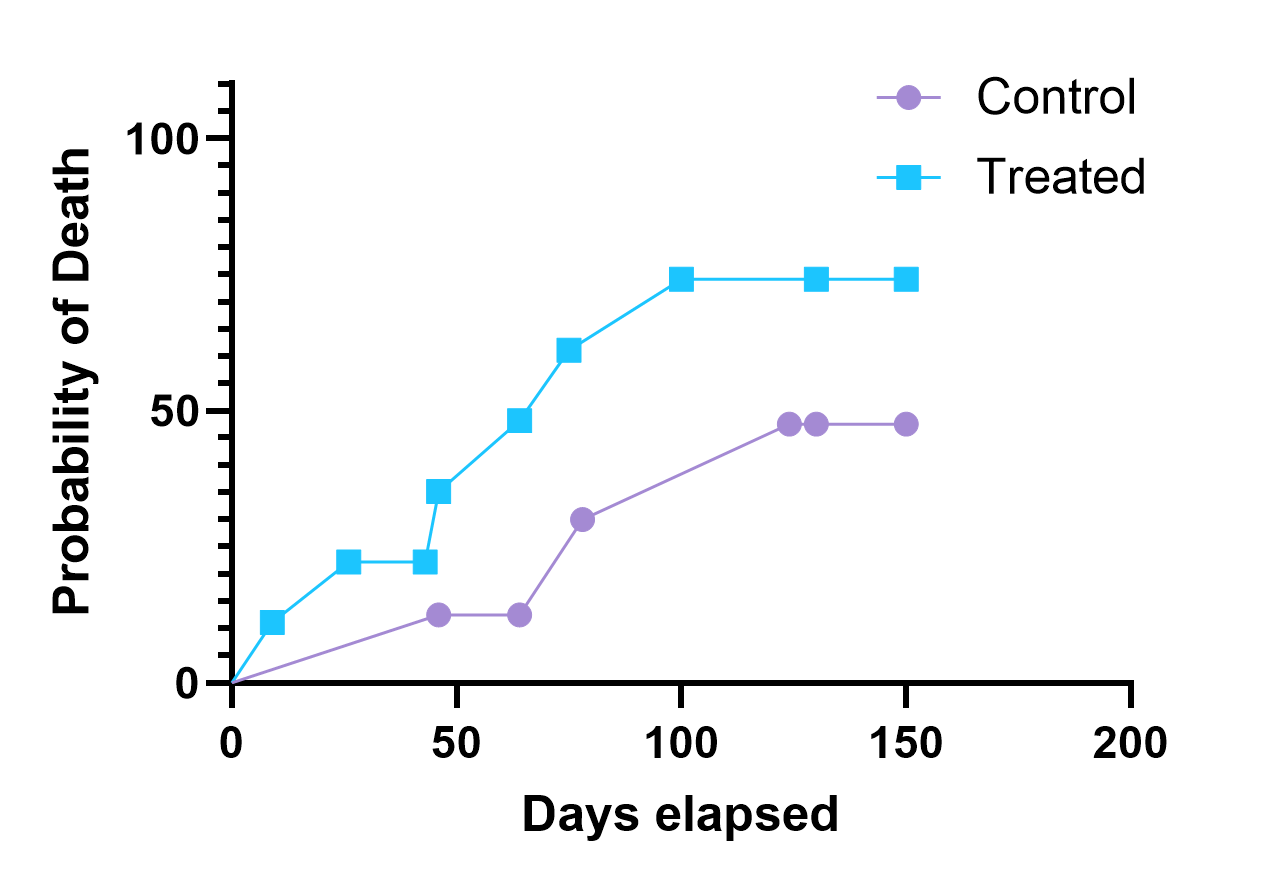
graphpad, survival, two groups, point